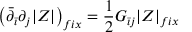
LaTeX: \left( \bar { \partial } _ { \bar { \imath } } \partial _ { j } | Z | \right) _ { f i x } = \frac { 1 } { 2 } G _ { \bar { \imath } j } | Z | _ { f i x }